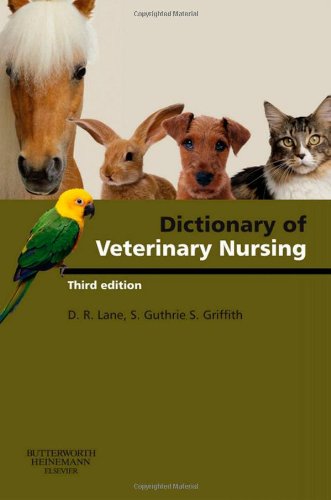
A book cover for Dictionary of Veterinary Nursing, 3e; Denis Richard Lane MSc  BSc (Vet Sci)  FRCVS  FRAgS  BSc (Hons) AAB&T; Medical Books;